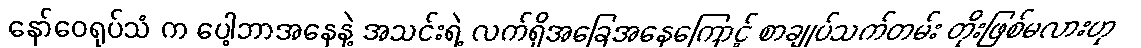
နော်ဝေရုပ်သံ က ပေါ့ဘာအနေနဲ့ အသင်းရဲ့ လက်ရှိအခြေအနေကြောင့် စာချုပ်သက်တမ်း တိုးဖြစ်မလားဟု